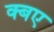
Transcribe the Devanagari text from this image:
क्बए